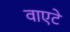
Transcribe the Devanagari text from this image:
वाएटे